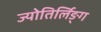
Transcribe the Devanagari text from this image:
ज्योतिर्लिङ्ग